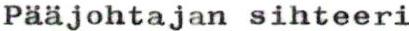
Pääjohtajan sihteeri